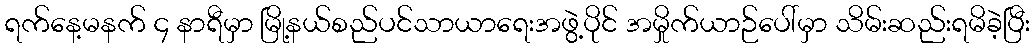
ရက်နေ့မနက် ၄ နာရီမှာ မြို့နယ်စည်ပင်သာယာရေးအဖွဲ့ပိုင် အမှိုက်ယာဉ်ပေါ်မှာ သိမ်းဆည်းရမိခဲ့ပြီး